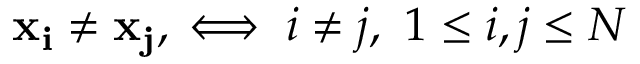
\mathbf { x _ { i } } \neq \mathbf { x _ { j } } , \iff i \neq j , \ 1 \leq i , j \leq N